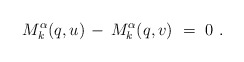
\begin{align*}M_k^\alpha(q,u) \, - \, M_k^\alpha(q,v)~=~0~.\end{align*}